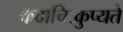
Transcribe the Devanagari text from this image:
कदाचित्कुप्यते